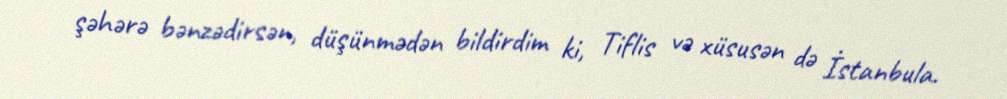
şəhərə bənzədirsən, düşünmədən bildirdim ki, Tiflis və xüsusən də İstanbula.